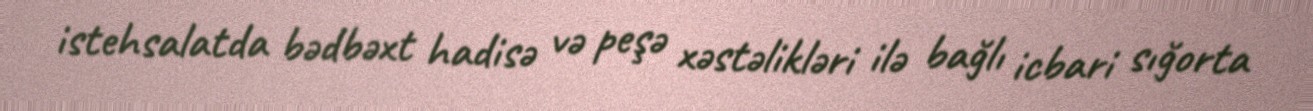
istehsalatda bədbəxt hadisə və peşə xəstəlikləri ilə bağlı icbari sığorta